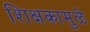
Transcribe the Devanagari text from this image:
शिक्षकामुळे